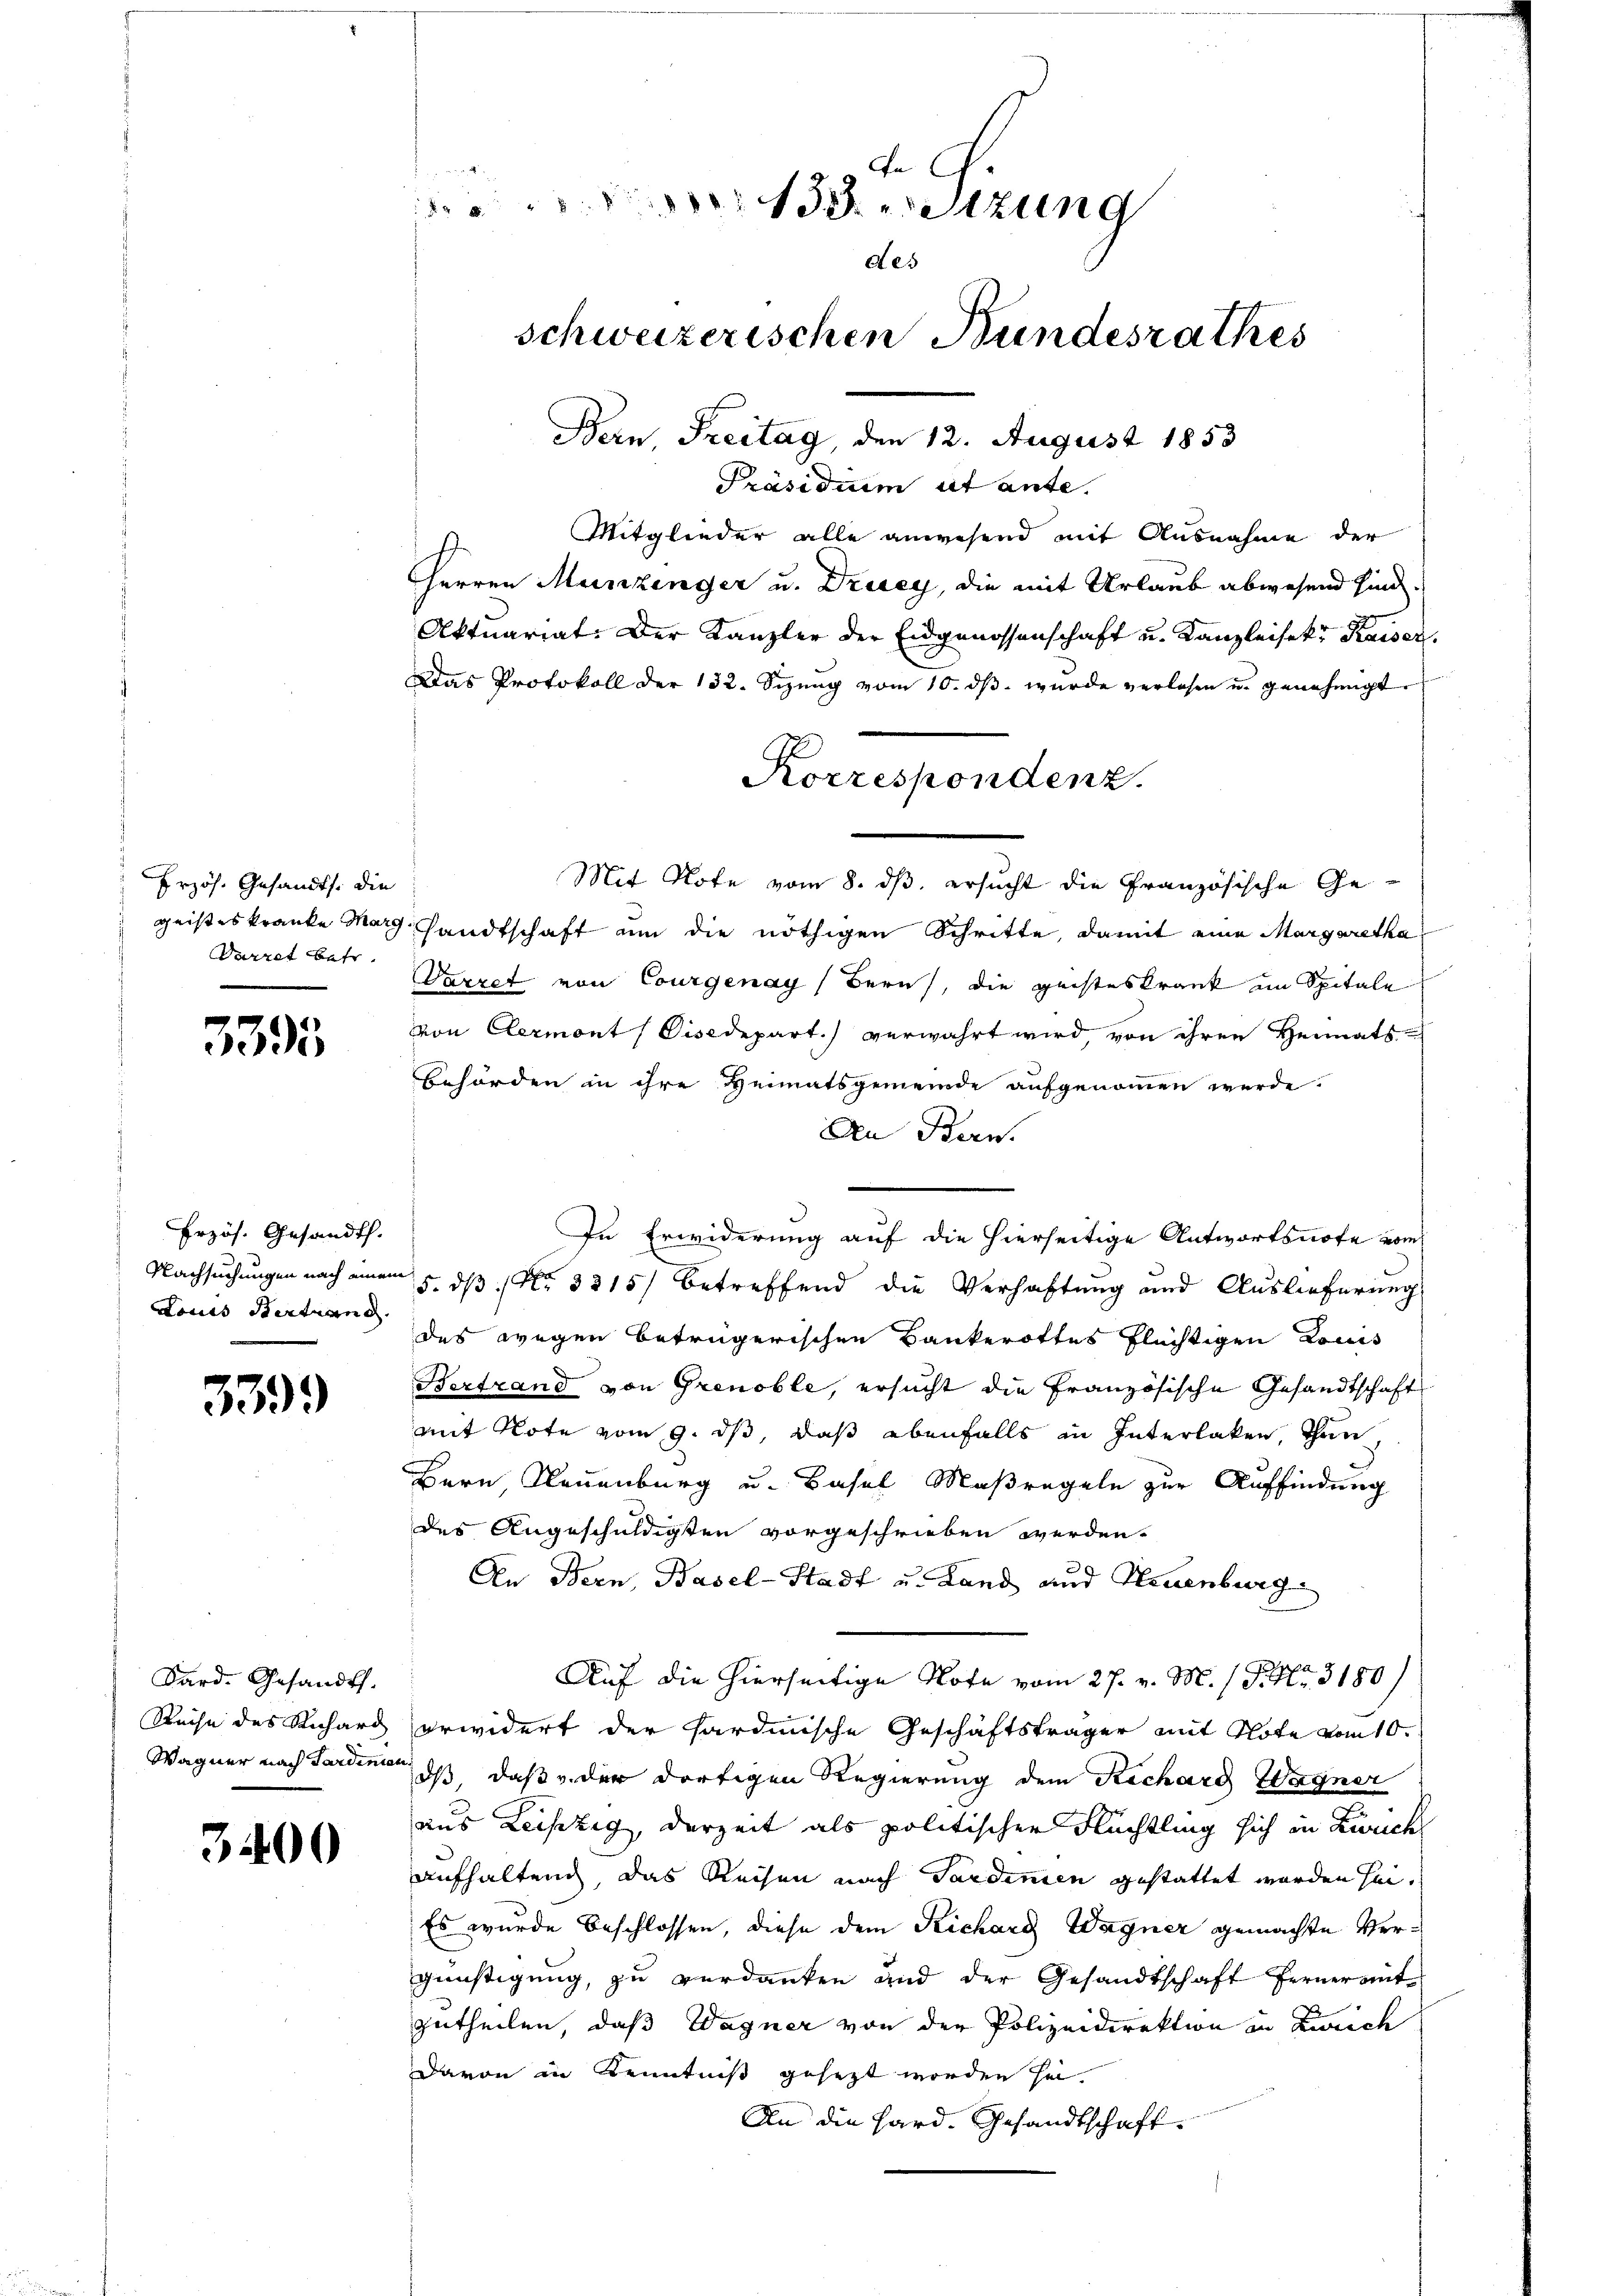
Erzös. Gesandts. die
geistes kranke Marg
Darret betr

3395

Erzös. Gesandt.
Nachsuchungen nach einem
Louis Bertrang.

339.

Kard. Gesandts.
Reise des Richard
Wagner nach Sardinier

3400

de G.
13 setzung
des
schweizerischen Bundesrathes
Bern Freitag, den 12. August 1853
Präsidium ut ante.

Mitglieder alle anwesend mit Ausnahme der
Herren Munzinger u. Drusey, die mit Urlaub abwesend sind.
Aktuariat. Der Kanzler der Eidgenossenschaft u. Kanzleisek. Kaiser,
Das Protokoll der 132. Sizŭng vom 10. dβ. wurde verlesen u. genehmigt.
Mit Note vom 8. ds. ersucht die Französische Gesandtschaft um die nöthigen Schritte, damit eine Margaretha
Varret von Courgenay (Bern, die geisteskrank im Spitale
von Clermont (Gisedepart.) verwahrt wird, von ihren Heimats-
Behörden in ihre Heimatsgemeinde aufgenommen werde.
Den Bern.
In Erwiderung auf die hierseitige Antwortsnote vom
5. dß No 3315) betreffend die Verhaftung und Auslieferung
des wegen betrügerischen Bankerottes flüchtigen Komit
Bertrand von Grenoble, ersucht die Französische Gesandtschaft
mit Note vom 9. ds, daß ebenfalls in Interlaken, Thun,
Bern Neuenburg u. Basel Maßregeln zur Auffindung
des Angeschuldigten vorgeschrieben werden.
An Bern, Basel-Stadt u. Land und Neuenburg
Auf die hierseitige Note vom 27. v. M. / P. Nr. 3180/
erwidert der hardinische Geschäftsträger mit Note vom 10.
dß, daß v. der dortigen Regierung dem Rechard Wagner
aus Leipzig, derzeit als politischen Flüchtling sich in Zürich
aufhaltend, das Reisen nach Sardinien gestattet worden sei¬
Es wurde beschlossen, diese dem Richarg Wagner gemachte Vergünstigung, zu verdanken und der Gesandtschaft ferner mit
zutheilen, daß Wagner von der Polizeidirektion in Zürich
davon in Kenntniß gesezt worden sei.
An die Hard. Gesandtschaft.

Korrespondenz.